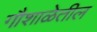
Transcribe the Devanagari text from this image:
गौशाळेतील